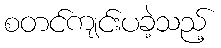
စတင်ကျင်းပခဲ့သည့်